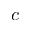
c